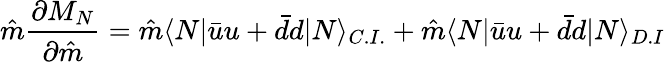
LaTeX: \hat{m}\frac{\partial M_{N}}{\partial\hat{m}}=\hat{m}\langle N|\bar{u}u+\bar{d}d|N\rangle_{C.I.}+\hat{m}\langle N|\bar{u}u+\bar{d}d|N\rangle_{D.I}